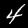
Label: 4